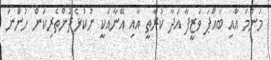
މަންމަ އާއި ބައްޕަ ވަޒީފާ އަދާ ކުރާތީ އާއި އޭނާއަކީ ނުކުޅެދުންތެރިކަން ހުންނަ